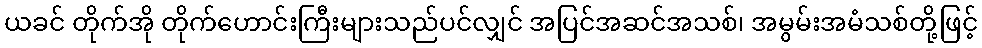
ယခင် တိုက်အို တိုက်ဟောင်းကြီးများသည်ပင်လျှင် အပြင်အဆင်အသစ်၊ အမွမ်းအမံသစ်တို့ဖြင့်